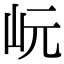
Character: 岏